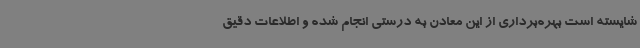
شایسته است بهره‌برداری از این معادن به درستی انجام شده و اطلاعات دقیق